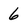
Character: 6